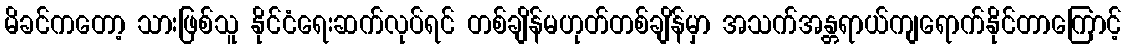
မိခင်ကတော့ သားဖြစ်သူ နိုင်ငံရေးဆက်လုပ်ရင် တစ်ချိန်မဟုတ်တစ်ချိန်မှာ အသက်အန္တရာယ်ကျရောက်နိုင်တာကြောင့်